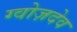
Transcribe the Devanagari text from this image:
ग्वोज़देव